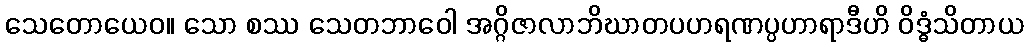
သေတောယေဝ။ သော စဿ သေတဘာဝေါ အဂ္ဂိဇာလာဘိဃာတပဟရဏပ္ပဟာရာဒီဟိ ဝိဒ္ဓံသိတာယ